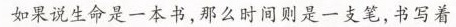
导学号41594189